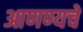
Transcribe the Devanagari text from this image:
आणण्यचे